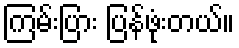
ကြမ်းပြား ပြန်ဖုံးတယ်။